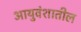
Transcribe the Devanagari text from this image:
आयुवंशातील